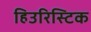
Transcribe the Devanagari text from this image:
हिउरिस्टिक